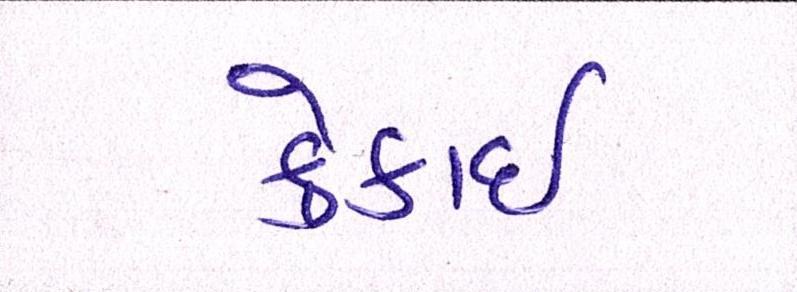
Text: ક્રેકાઇ